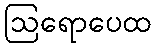
ဩရောပေထ